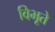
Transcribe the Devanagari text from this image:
विभूते